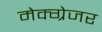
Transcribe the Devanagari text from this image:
मेक्ग्रेजर